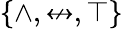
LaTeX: \{ \land,\nleftrightarrow,\top\}